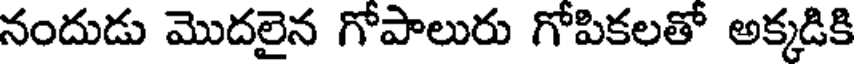
నందుడు మొదలైన గోపాలురు గోపికలతో అక్కడికి